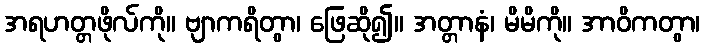
အရဟတ္တဖိုလ်ကို။ ဗျာကရိတွာ၊ ဖြေဆို၍။ အတ္တာနံ၊ မိမိကို။ အာဝိကတွာ၊